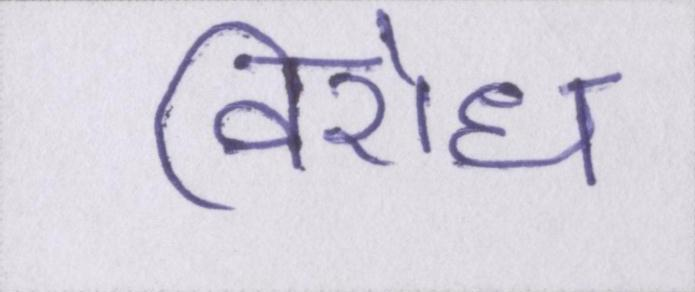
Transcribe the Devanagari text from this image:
विरोध